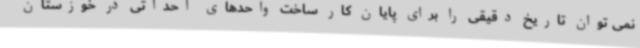
نمی توان تاریخ دقیقی را برای پایان کار ساخت واحدهای احداثی در خوزستان